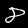
Label: 8